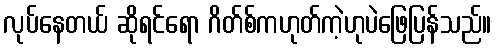
လုပ်နေတယ် ဆိုရင်ရော ဂိတ်စ်ကဟုတ်ကဲ့ဟုပဲဖြေပြန်သည်။